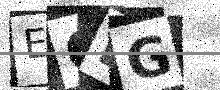
Text: EODG